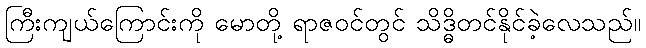
ကြီးကျယ်ကြောင်းကို မောတို့ ရာဇဝင်တွင် သိဒ္ဓိတင်နိုင်ခဲ့လေသည်။